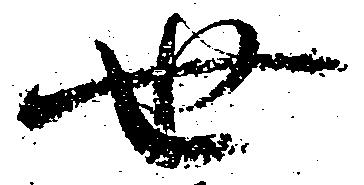
世